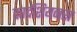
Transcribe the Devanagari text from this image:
कार्दशियनस